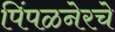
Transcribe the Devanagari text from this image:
पिंपळनेरचे